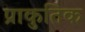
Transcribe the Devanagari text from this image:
प्राकुतिक